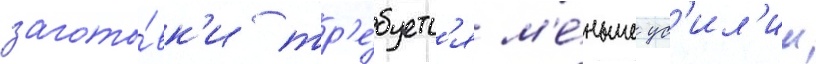
загото́вк'и тр'е́буетс'я м'е́ньше ус'ил'ии